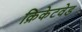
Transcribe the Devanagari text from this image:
क्रिकेटवेड